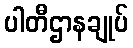
ပါတီဌာနချုပ်